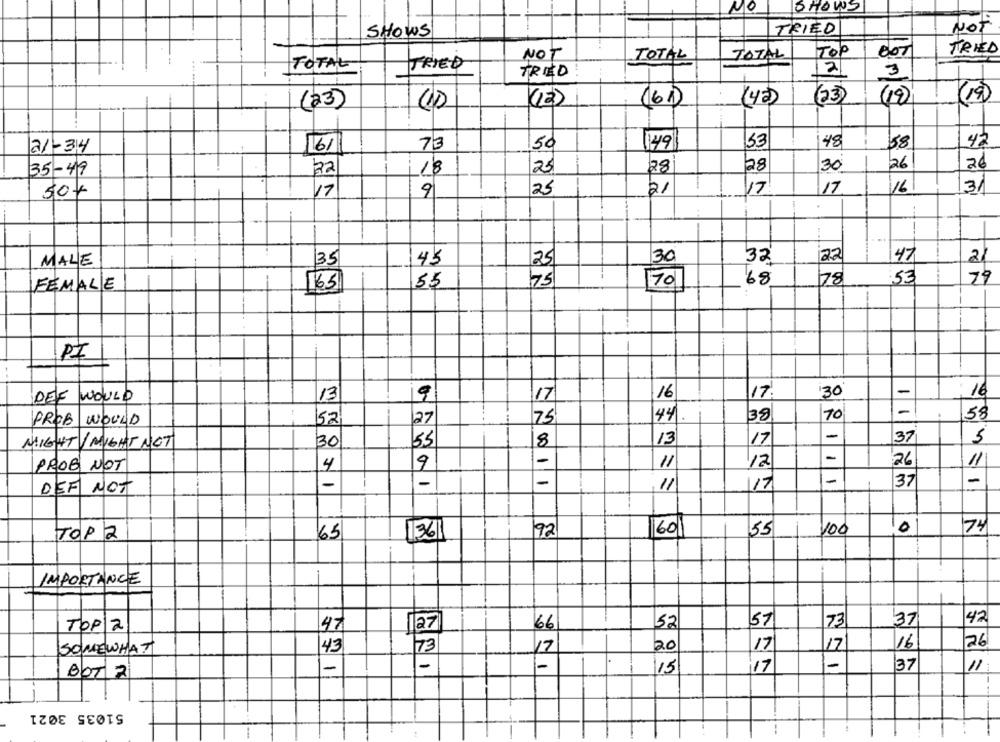
NO
SHOWS
TRIED
NOT
SHOWS
Top
TRIED
NOT
TOTAL
TOTAL
BOT
TOTAL
TRIED
TRIED
2
3
.....
(23)
(12)
(61)
(42)
(23)
(19)
(19)
-..
48
21-34
61
73
50
149
33
58
42
35-49
22
18
25
28
28
30
26
26
50+
17
9
25
21
17
17
16
31
-
30
32'
20
47
21
MALE
35
45
75
68
78
53
79
FEMALE
16.5
55
70
PI
17:
30
-
DEF WOULD
13
17
16
16
-
58
PROB WOULD
52
27
75
44
38
70
-
37
5
MIGHT/ MIGHT NOT
30
55
8
13
17
-
-
PROB NOT
4
9
11
12
26
11
-
-
-
37
-
DEF NOT
-
11
17
92
60
55
100
10
74
TOP 2
65
1361
IMPORTANCE
57
73
37
47
TOP 2
47
127
66
52
17
16
26
SOMEWHAT
43
73
20
17
-
-
-
37
11
15
17
51035 3021